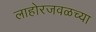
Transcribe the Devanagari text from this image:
लाहोरजवळच्या